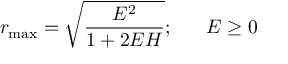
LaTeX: r _ { \mathrm { m a x } } = \sqrt { \frac { E ^ { 2 } } { 1 + 2 E H } } ; \; \; \; \; \; \; E \geq 0